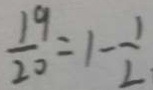
\frac { 1 9 } { 2 0 } = 1 - \frac { 1 } { 2 }